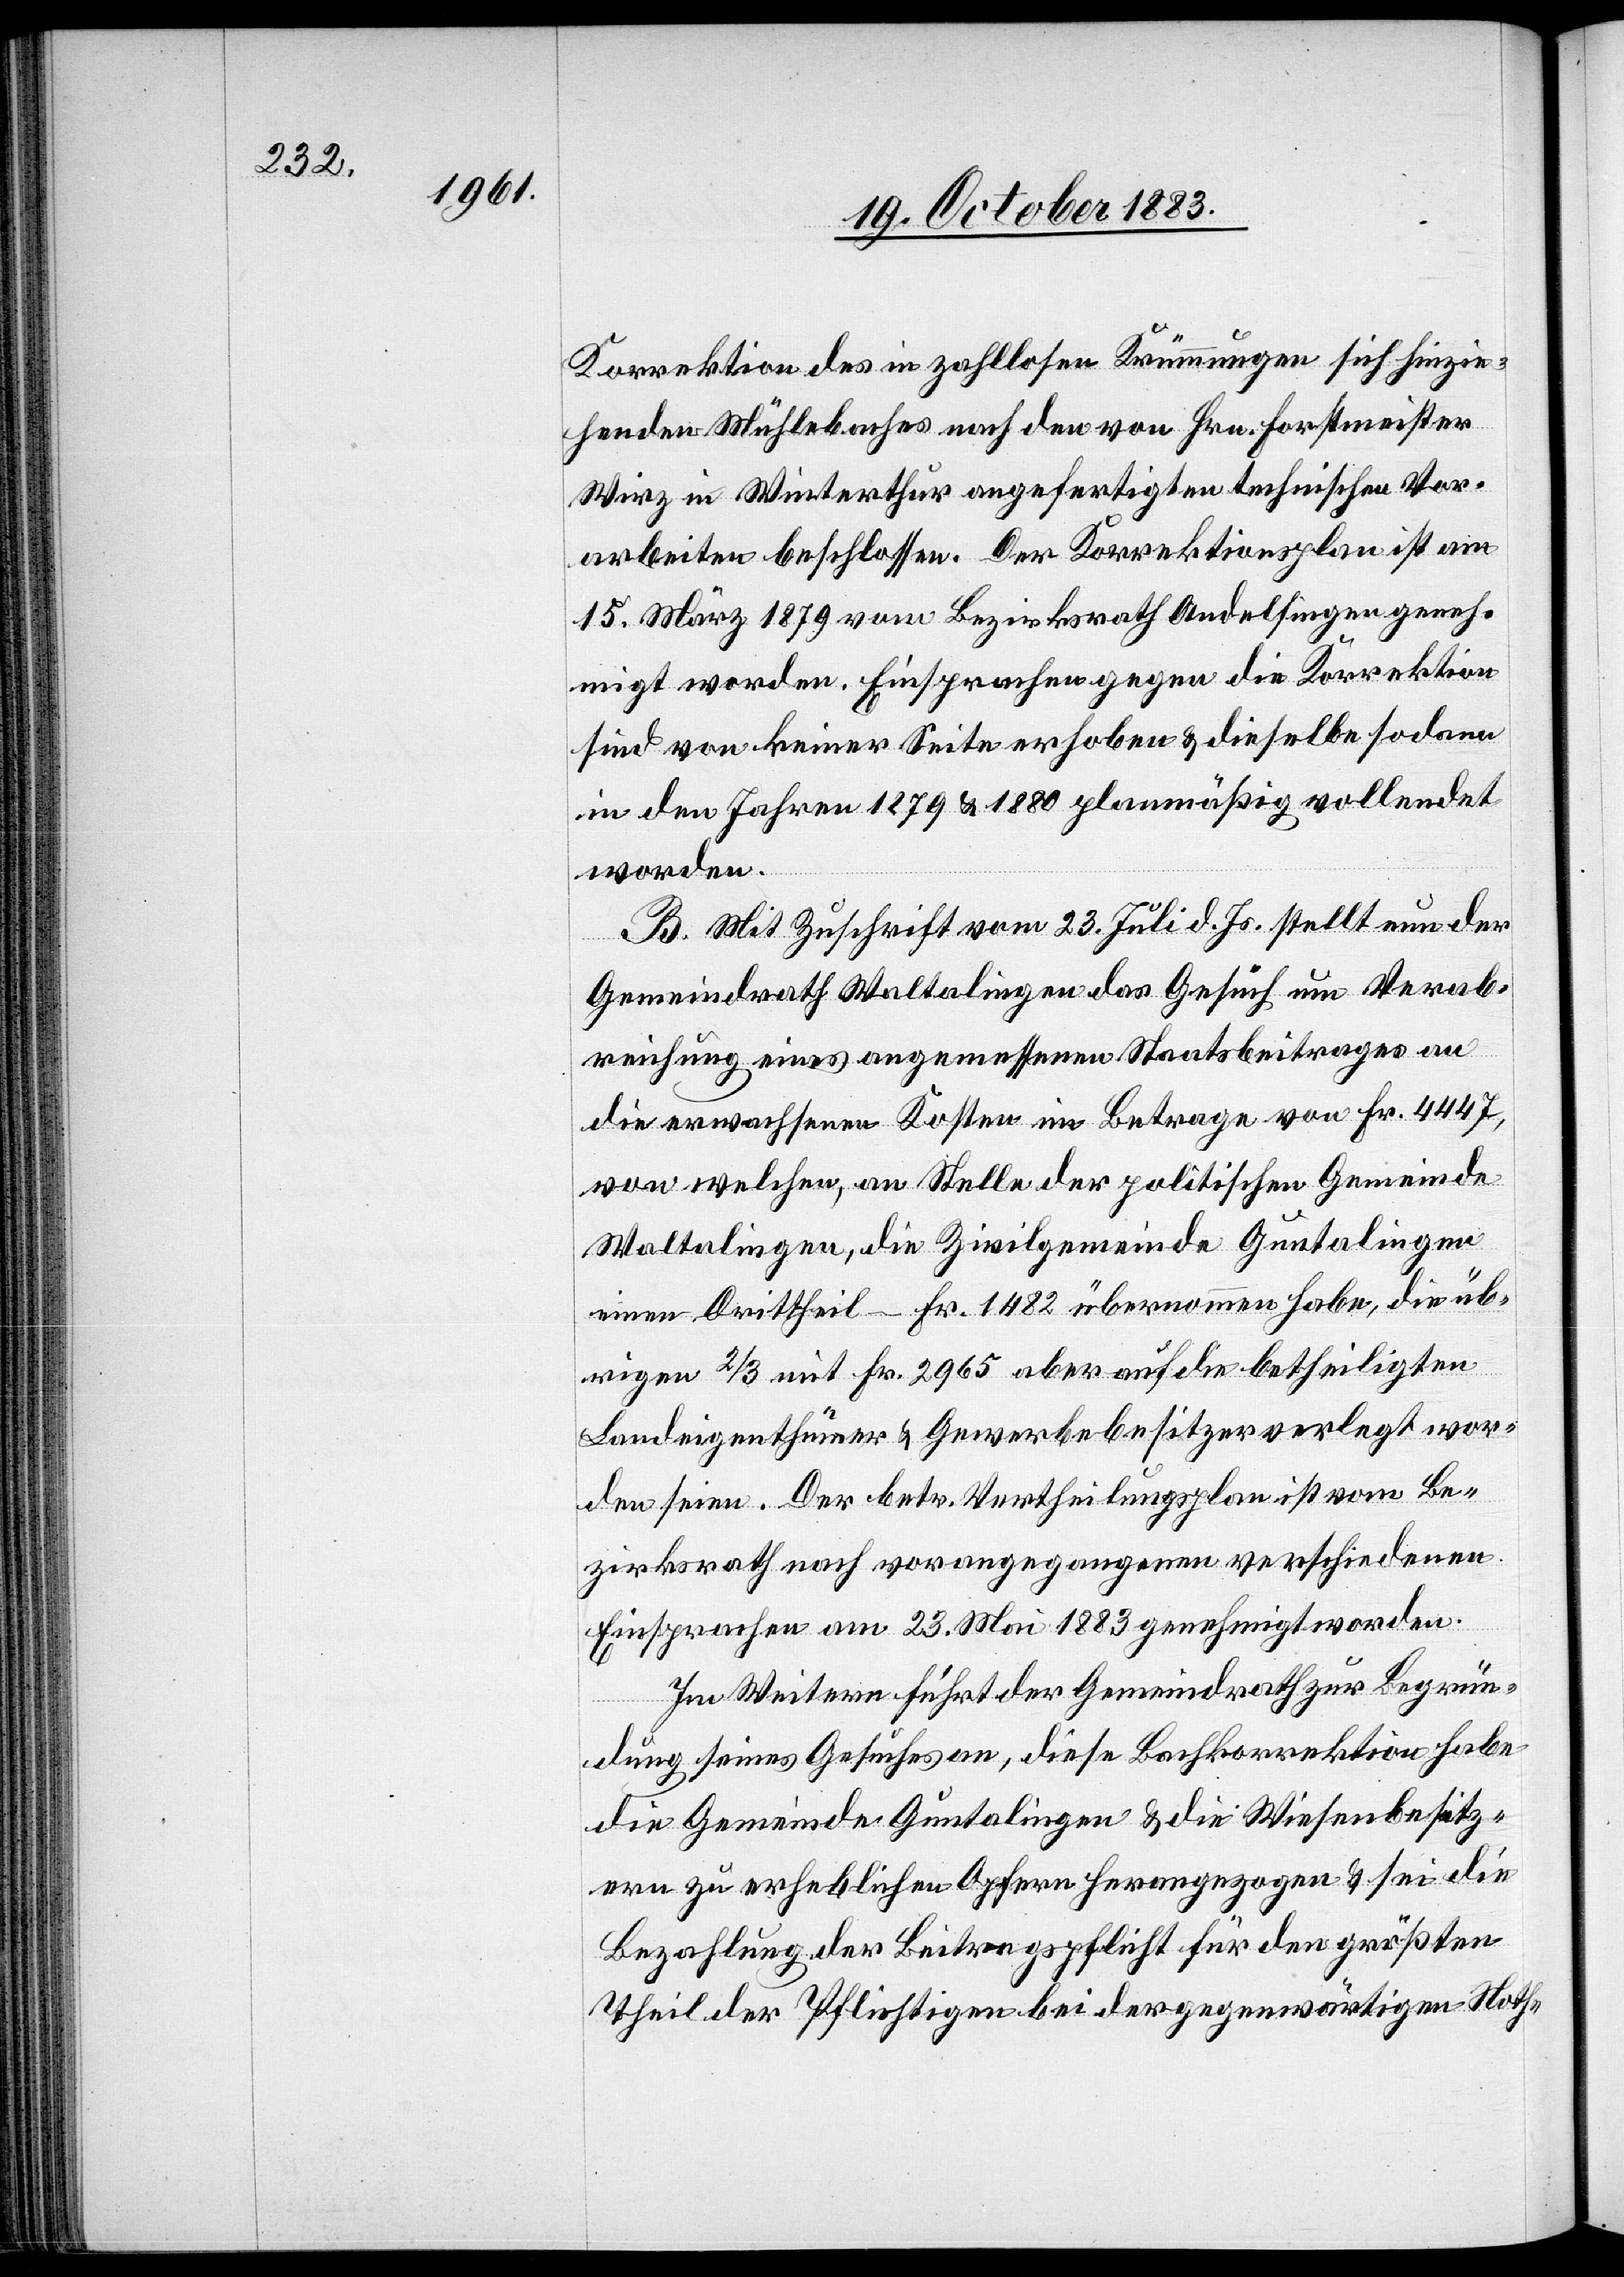
Korrektion des in zahllosen Krümmungen sich hinzie¬
henden Mühlebaches nach den von Hrn. Forstmeister
Wirz in Winterthur angefertigten technischen Vor¬
arbeiten beschlossen. Der Korrektionsplan ist am
15. März 1879 vom Bezirksrath Andelfingen geneh¬
migt worden. Einsprachen gegen die Korrektion
sind von keiner Seite erhoben & dieselbe sodann
in den Jahren 1879 & 1880 planmäßig vollendet
worden.
B. Mit Zuschrift vom 23. Juli d. Js. stellt nun der
Gemeindrath Waltalingen das Gesuch um Verab¬
reichung eines angemessenen Staatsbeitrages an
die erwachsenen Kosten im Betrage von Fr. 4447,
von welchen, an Stelle der politischen Gemeinde
Waltalingen, die Zivilgemeinde Guntalingen
einen Drittheil – Fr. 1482 übernommen habe, die üb¬
rigen 2/3 mit Fr. 2965 aber auf die betheiligten
Landeigenthümer & Gewerbebesitzer verlegt wor¬
den seien. Der betr. Vertheilungsplan ist vom Be¬
zirksrath nach vorangegangenen verschiedenen
Einsprachen am 23. Mai 1883 genehmigt worden.
Im Weitern führt der Gemeindrath zur Begrün¬
dung seines Gesuches an, diese Bachkorrektion habe
die Gemeinde Guntalingen & die Wiesenbesitzern
[sic!] zu erheblichen Opfern herangezogen & sei die
Bezahlung der Beitragspflicht für den größten
Theil der Pflichtigen bei der gegenwärtigen Noth-